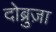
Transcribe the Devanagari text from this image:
दोब्रुज़ा